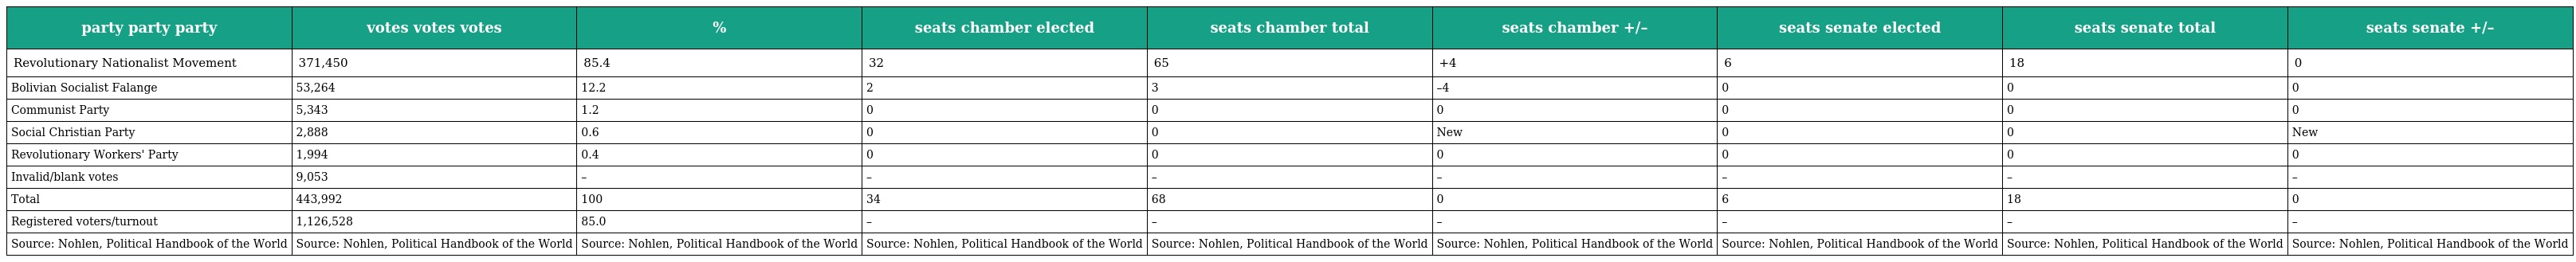
| party party party | votes votes votes | % | seats chamber elected | seats chamber total | seats chamber +/– | seats senate elected | seats senate total | seats senate +/– |
 | --- | --- | --- | --- | --- | --- | --- | --- | --- |
 | Revolutionary Nationalist Movement | 371,450 | 85.4 | 32 | 65 | +4 | 6 | 18 | 0 |
 | Bolivian Socialist Falange | 53,264 | 12.2 | 2 | 3 | –4 | 0 | 0 | 0 |
 | Communist Party | 5,343 | 1.2 | 0 | 0 | 0 | 0 | 0 | 0 |
 | Social Christian Party | 2,888 | 0.6 | 0 | 0 | New | 0 | 0 | New |
 | Revolutionary Workers' Party | 1,994 | 0.4 | 0 | 0 | 0 | 0 | 0 | 0 |
 | Invalid/blank votes | 9,053 | – | – | – | – | – | – | – |
 | Total | 443,992 | 100 | 34 | 68 | 0 | 6 | 18 | 0 |
 | Registered voters/turnout | 1,126,528 | 85.0 | – | – | – | – | – | – |
 | Source: Nohlen, Political Handbook of the World | Source: Nohlen, Political Handbook of the World | Source: Nohlen, Political Handbook of the World | Source: Nohlen, Political Handbook of the World | Source: Nohlen, Political Handbook of the World | Source: Nohlen, Political Handbook of the World | Source: Nohlen, Political Handbook of the World | Source: Nohlen, Political Handbook of the World | Source: Nohlen, Political Handbook of the World |